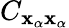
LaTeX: C_{\mathbf{x}_{\alpha}\mathbf{x}_{\alpha}}